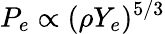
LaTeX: P_{e}\propto(\rho Y_{e})^{5/3}